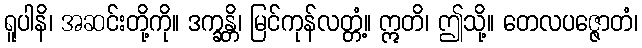
ရူပါနိ၊ အဆင်းတို့ကို။ ဒက္ခန္တိ၊ မြင်ကုန်လတ္တံ့။ ဣတိ၊ ဤသို့။ တေလပဇ္ဇောတံ၊